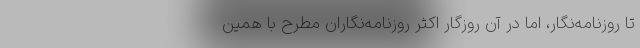
تا روزنامه‌نگار، اما در آن روزگار اکثر روزنامه‌نگاران مطرح با همین